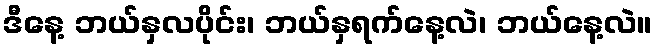
ဒီနေ့ ဘယ်နှလပိုင်း၊ ဘယ်နှရက်နေ့လဲ၊ ဘယ်နေ့လဲ။